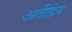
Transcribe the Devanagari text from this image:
अतीेंद्रिय